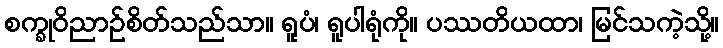
စက္ခုဝိညာဉ်စိတ်သည်သာ။ ရူပံ၊ ရူပါရုံကို။ ပဿတိယထာ၊ မြင်သကဲ့သို့။